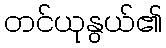
တင်ယုနွယ်၏